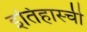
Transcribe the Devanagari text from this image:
इतिहास्ची